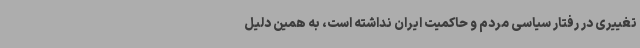
تغییری در رفتار سیاسی مردم و حاکمیت ایران نداشته است، به همین دلیل